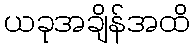
ယခုအချိန်အထိ